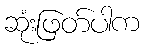
ဆုံးဖြတ်ပါက